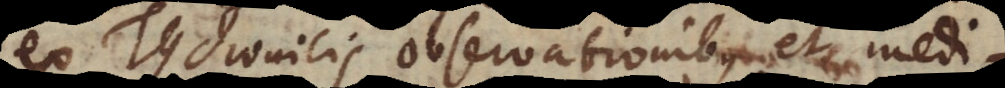
ex Tychonicis observationibus et